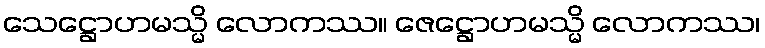
သေဋ္ဌောဟမသ္မိ လောကဿ။ ဇေဋ္ဌောဟမသ္မိ လောကဿ၊